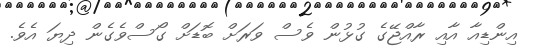
އިންޑިއާ އާއި ރާއްޖޭގެ ގުޅުން ވެސް ވަރަށް ބޮޑަށް ގޯސްވެގެން ދިޔަ އެވެ.